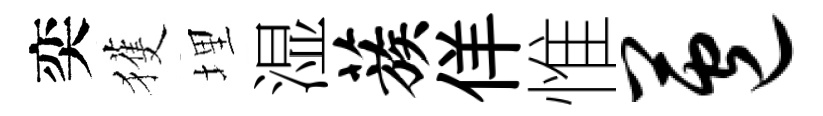
奕獲埋湿蔟佯惟苞